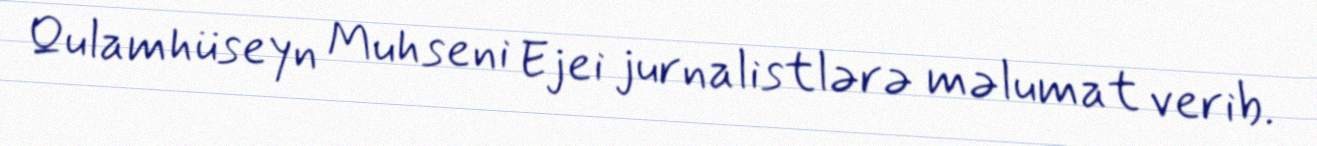
Qulamhüseyn Muhseni Ejei jurnalistlərə məlumat verib.